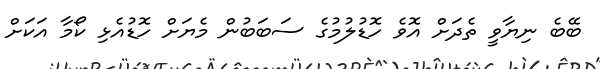
ބޭބެ ނިޔާވީ ތެދަށް އޮވެ ހޮޑުލުމުގެ ސަބަބުން މެޔަށް ހޮޑުއެޅި ކޯމާ އަކަށް